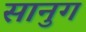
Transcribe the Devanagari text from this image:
सानुग